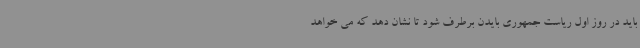
باید در روز اول ریاست جمهوری بایدن برطرف شود تا نشان دهد که می خواهد